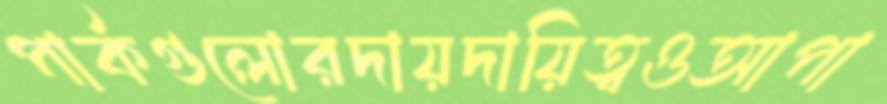
পার্কগুলোরদায়দায়িত্বওআপা